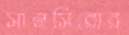
সানসিরোর